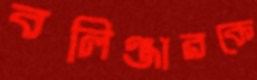
বলিঞ্জারকে